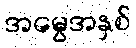
အမွေအနှစ်